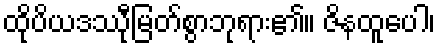
ထိုပိယဒဿီုမြတ်စွာဘုရား၏။ ဇိနထူပေါ၊